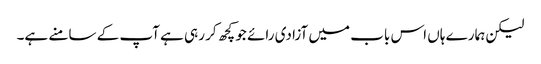
لیکن ہمارے ہاں اس باب میں آزادی رائے جو کچھ کر رہی ہے آپ کے سامنے ہے۔